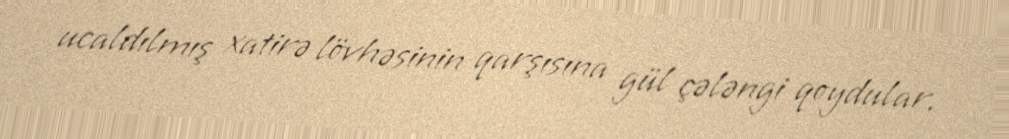
ucaldılmış xatirə lövhəsinin qarşısına gül çələngi qoydular.